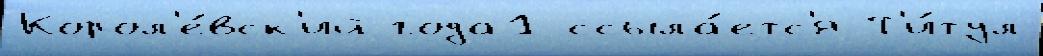
Корол'е́вск'ий года1 ссыла́етс'я Т'и́тул